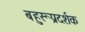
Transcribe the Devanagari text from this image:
बहुरूप्रदर्शक